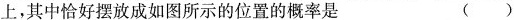
上，其中恰好摆放成如图所示的位置的概率是 ()